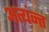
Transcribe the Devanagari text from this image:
अत्यंन्त